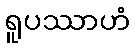
ရူပဿာဟံ